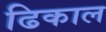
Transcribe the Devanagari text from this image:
ढिकाल